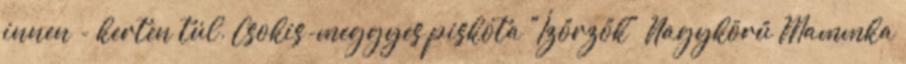
innen - kerten túl. Csokis-meggyes piskóta "Ízőrzők" Nagykörű Mammka